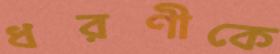
ধরণীকে